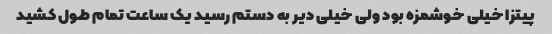
پیتزا خیلی خوشمزه بود ولی خیلی دیر به دستم رسید یک ساعت تمام طول کشید